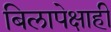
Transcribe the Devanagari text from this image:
बिलापेक्षाही